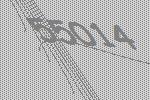
55014